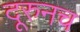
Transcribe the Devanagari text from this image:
दूरुनच